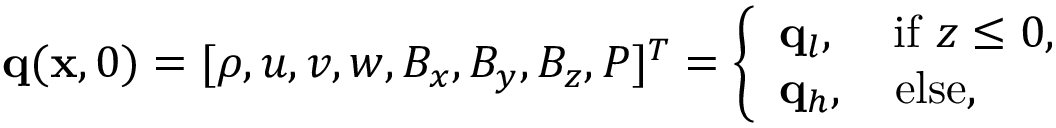
\mathbf { q } ( \mathbf { x } , 0 ) = [ \rho , u , v , w , B _ { x } , B _ { y } , B _ { z } , P ] ^ { T } = \left\{ \begin{array} { l l } { \mathbf { q } _ { l } , \quad \, \mathrm { i f } \ z \leq 0 , } \\ { \mathbf { q } _ { h } , \quad \mathrm { e l s e } , } \end{array} \right.